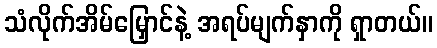
သံလိုက်အိမ်မြှောင်နဲ့ အရပ်မျက်နှာကို ရှာတယ်။